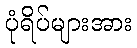
ပုံရိပ်များအား